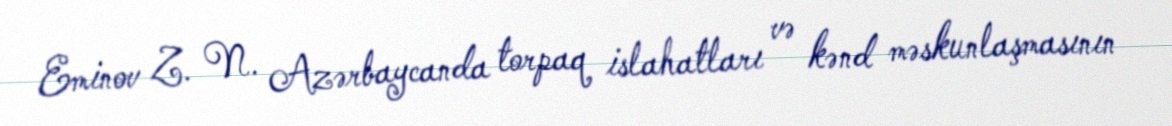
Eminov Z. N. Azərbaycanda torpaq islahatları və kənd məskunlaşmasının